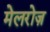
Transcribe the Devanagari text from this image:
मेलरोज़